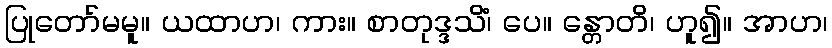
ပြုတော်မမူ။ ယထာဟ၊ ကား။ စာတုဒ္ဒသိံ၊ ပေ။ န္တောတိ၊ ဟူ၍။ အာဟ၊